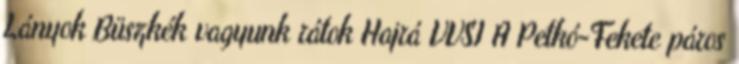
Lányok Büszkék vagyunk rátok Hajrá VVSI A Petkó-Fekete páros